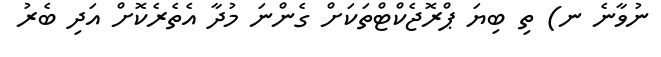
ނުވާނެ ނ) ތި ބިޔަ ޕްރޮޖެކްޓްތަކަށް ގެންނަ މުދާ އެތެރެކޮށް އަދި ބެރު